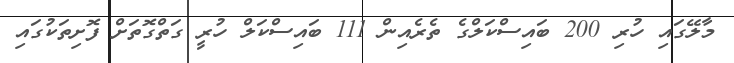
މާލޭގައި ހުރި 200 ބައިސްކަލްގެ ތެރެއިން 111 ބައިސްކަލް ހުރީ ގަތްގޮތަށް ފޮށިތަކުގައި